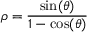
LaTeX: \rho = \frac { \sin ( \theta ) } { 1 - \cos ( \theta ) }